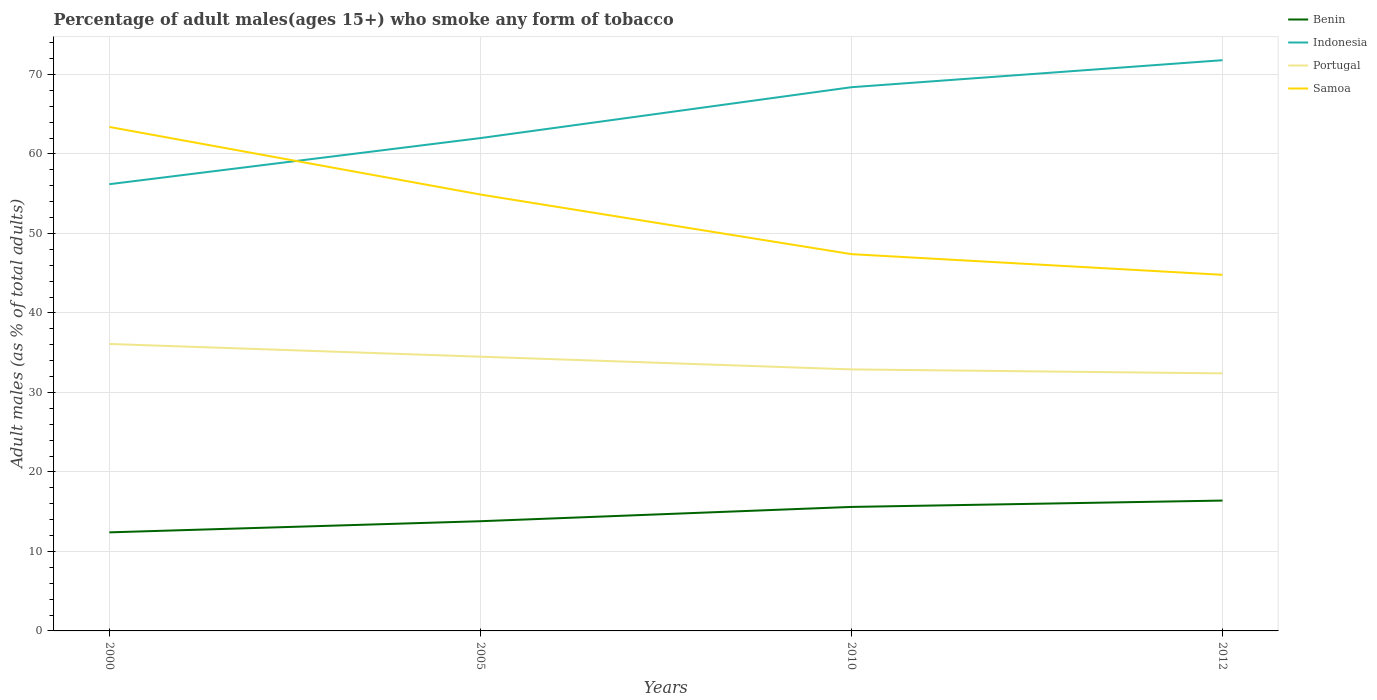
| Years | Benin | Indonesia | Portugal | Samoa |
 | --- | --- | --- | --- | --- |
 | 2000 | 12.4 | 56.2 | 36.1 | 63.4 |
 | 2005 | 13.8 | 62 | 34.5 | 54.9 |
 | 2010 | 15.6 | 68.4 | 32.9 | 47.4 |
 | 2012 | 16.4 | 71.8 | 32.4 | 44.8 |